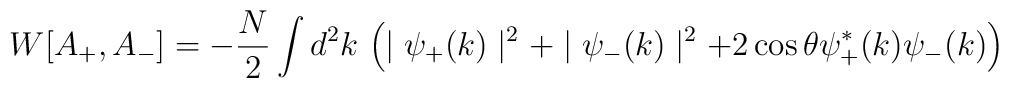
W[A_+,A_-]= -{N\over 2}\int d^2k\,\left(\mid\psi_+(k)\mid^2+\mid\psi_-(k)\mid^2 + 2\cos\theta \psi^*_+(k)\psi_-(k)\right)